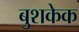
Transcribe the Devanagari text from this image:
बुशकेक